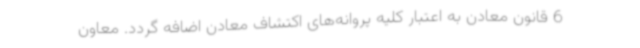
6 قانون معادن به اعتبار کلیه پروانه‌های اکتشاف معادن اضافه گردد. معاون